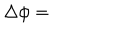
\Delta \phi =